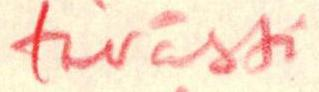
tävästi